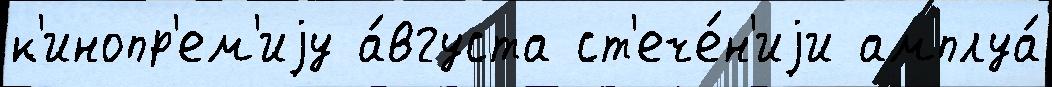
к'инопр'ем'иjу а́вгуста ст'ече́н'иjи амплуа́